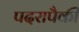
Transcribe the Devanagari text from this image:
पदरापैकी